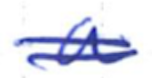
Text: a
Cross-out: double-line
Writing tool: ballpoint